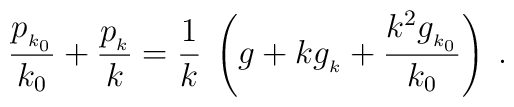
\frac{p_{_{k_0}}}{k_0} + \frac{p_{_k}}{k} = \frac{1}{k} \; \left( g + k g_{_k} + \frac{k^2 g_{_{k_0}}}{k_0} \right) \; .